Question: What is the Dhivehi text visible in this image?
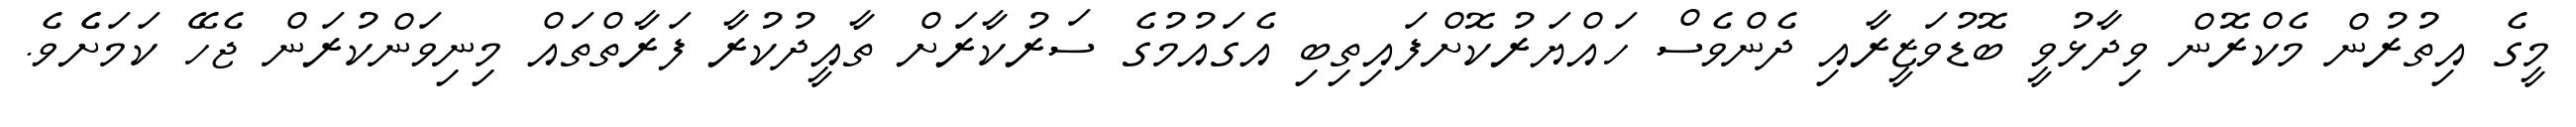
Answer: މީގެ އިތުރުން މެކްރޮން ވިދާޅުވީ ބޮޑުވަޒީރާއި ދެންވެސް ހައްޔަރުކޮށްފައިތިބި އެގައުމުގެ ސަރުކާރަށް ތާއީދުކުރާ ފަރާތްތައް މިނިވަންކުރަން ޖެހޭ ކަމަށެެވެ.